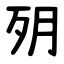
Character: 㱚